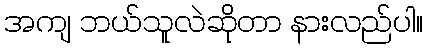
အကျ ဘယ်သူလဲဆိုတာ နားလည်ပါ။